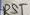
Text: RST